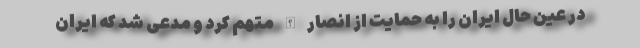
در عین حال ایران را به حمایت از انصار الله متهم کرد و مدعی شد که ایران